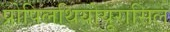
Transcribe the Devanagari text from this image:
प्रोपिलथियोयूरासिल